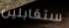
ستقابلين